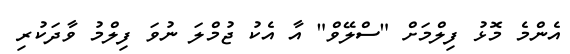
އެންމެ މޮޅު ފިލްމަށް "ސްލޭވް" އާ އެކު ޖުމްލަ ނުވަ ފިލްމު ވާދަކުރި